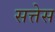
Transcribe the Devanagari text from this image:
सत्तेस